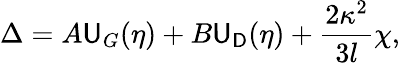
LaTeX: \Delta=A\mathsf{U}_{G}(\eta)+B\mathsf{U}_{\mathsf{D}}(\eta)+\frac{{2\kappa^{2}}}{{3l}}\chi,